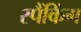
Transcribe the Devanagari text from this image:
स्पैंकिंग